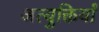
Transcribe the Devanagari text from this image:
अत्युक्तियाँ